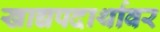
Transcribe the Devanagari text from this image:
खाद्यपदार्थावर